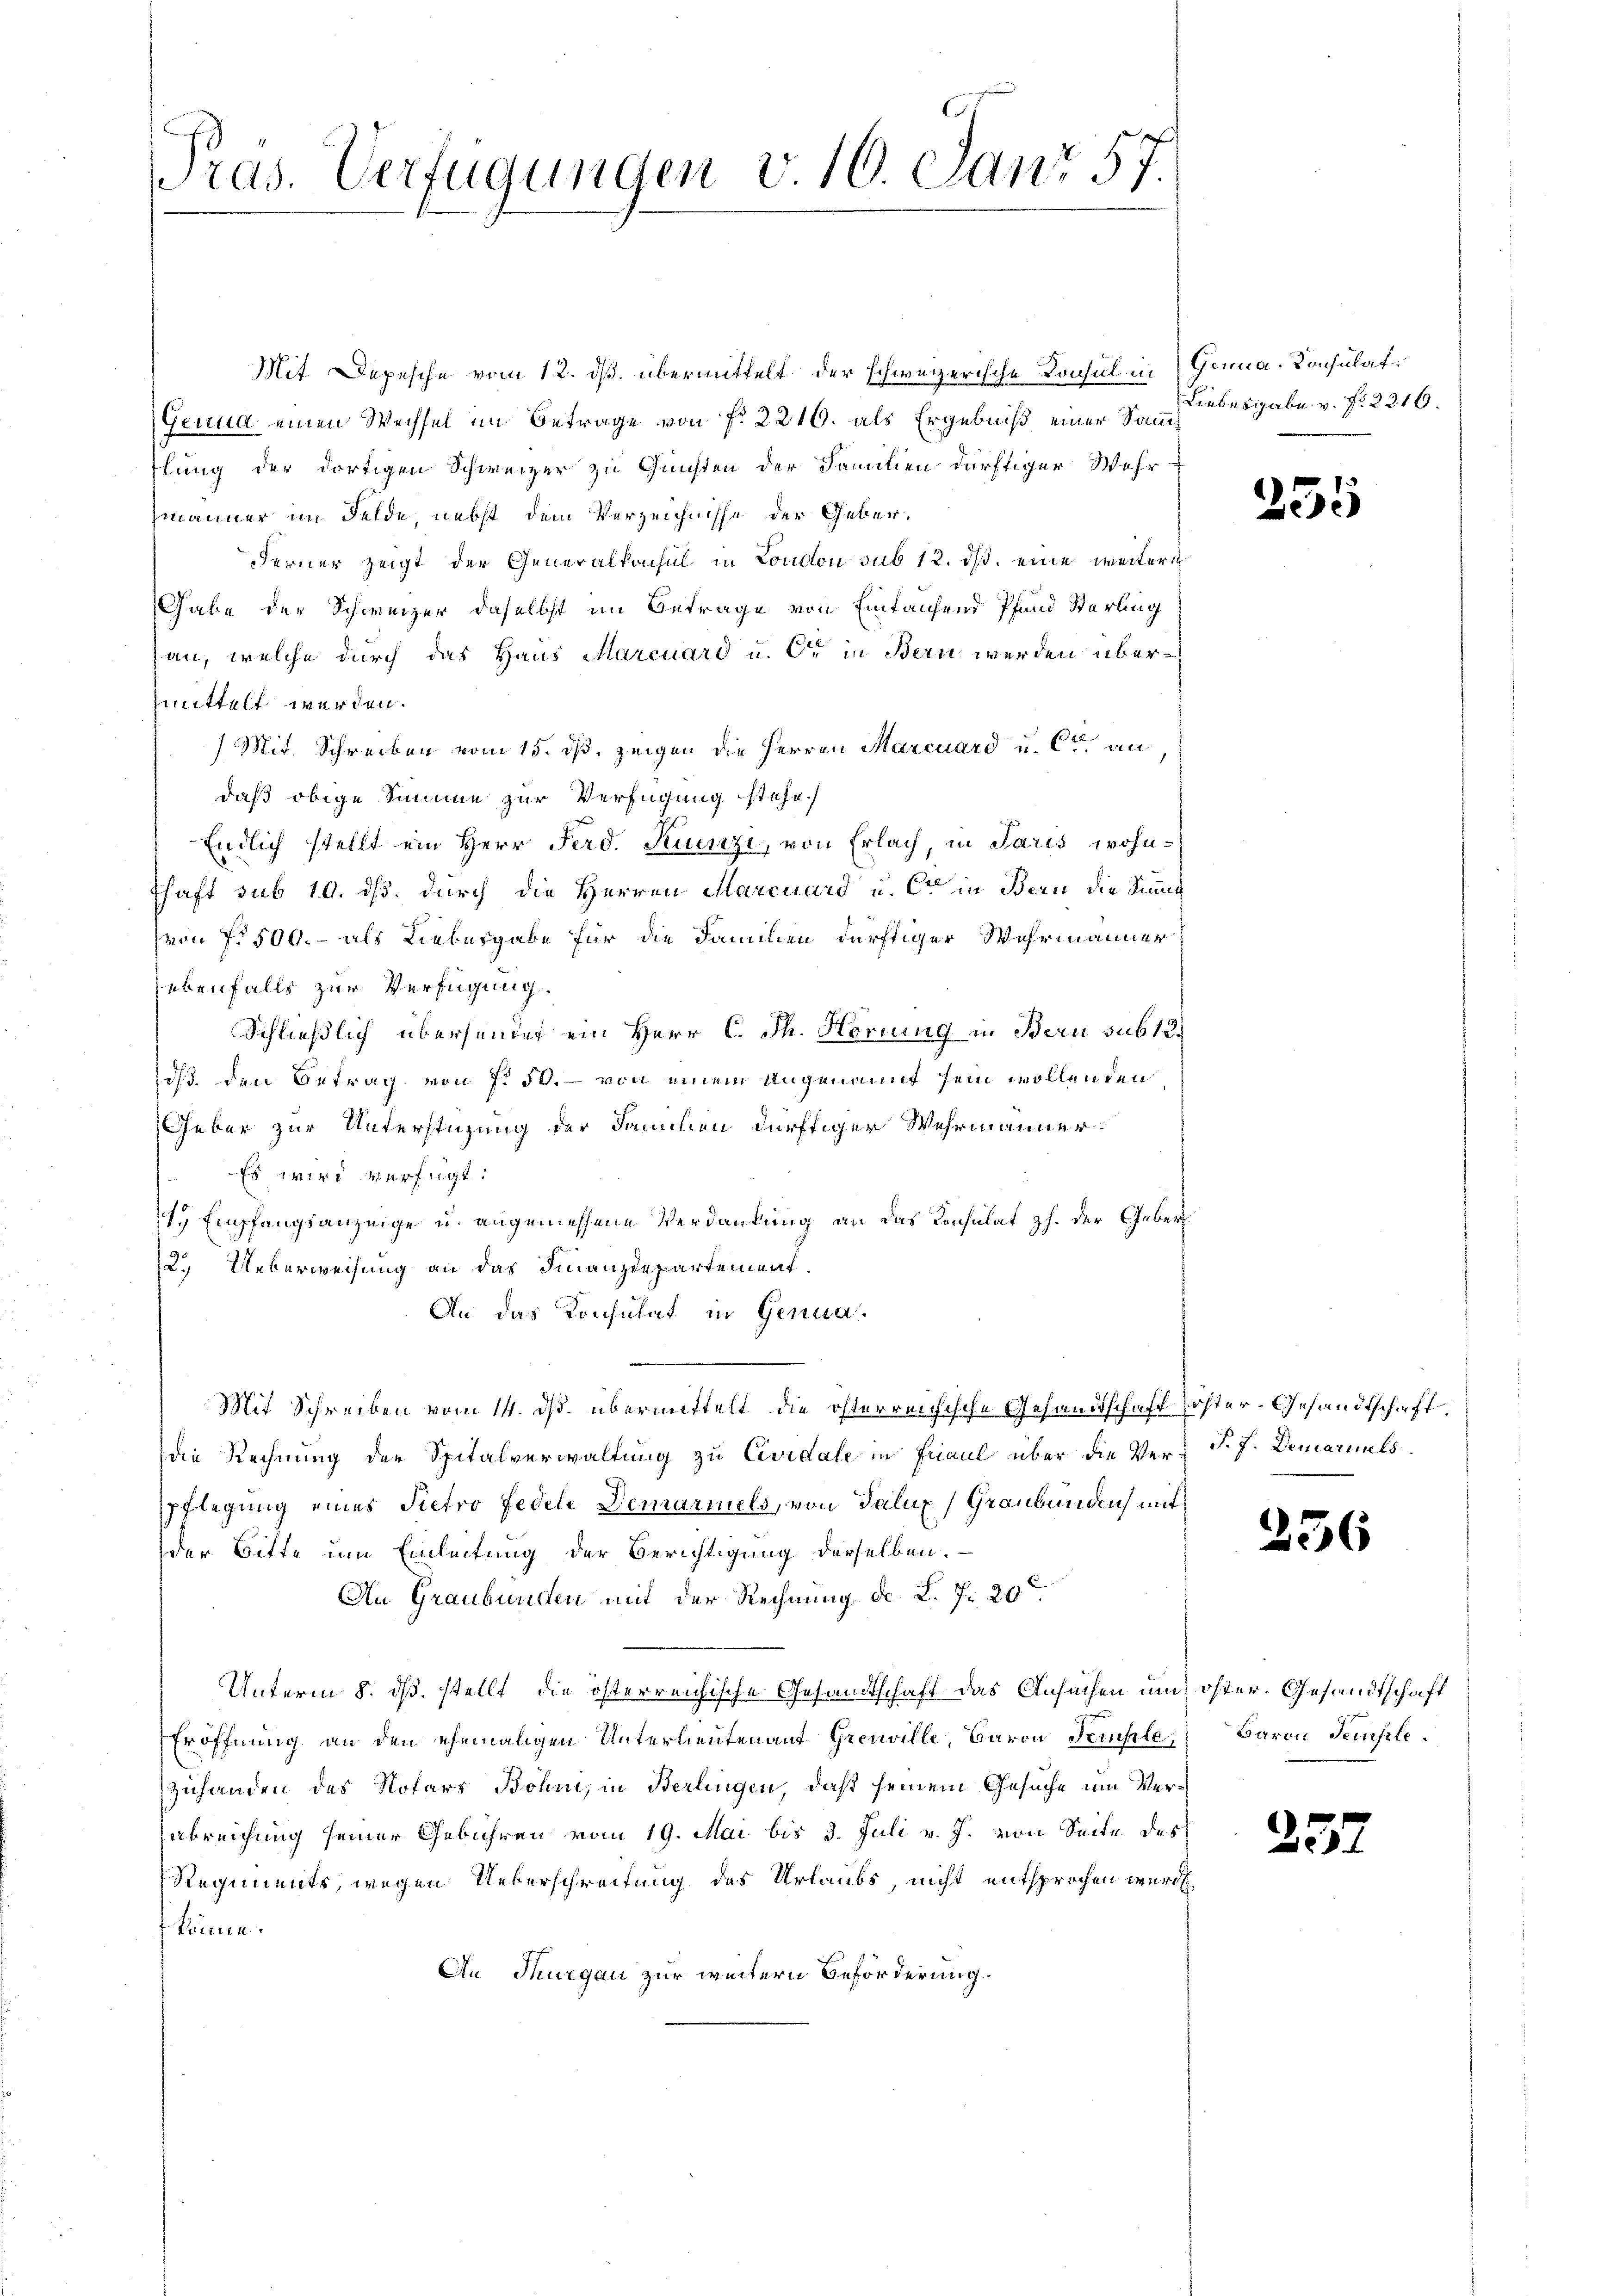
Pras. Verfügungen v. 10. Janr 57.

Mit Depesche vom 12. ds. übermittelt der schweizerische Konsul in Gena. Konsulate
Genua einen Wechsel im Betrage von f. 2216. als Ergebniß einer Samm
tlung der dortigen Schweizer zu Gunsten der Familien dürftiger Wehrmänner im Felde, nebst dem Verzeichnisse der Geber¬
Ferner zeigt der Generalkonsul in London sub 12. ds. eine weitere
Gabe der Schweizer daselbst im Betrage von Eintaufend Pfand Sterling
han, welche durch das Haus Marcuard u. Er in Bern werden übermmittelt werden.
Mit. Schreiben vom 15. ds. zeigen die Herren Marcuard u. Ct. an
daß obige Summe zur Verfügung stehe.
Endlich stellt ein Herr Ferd. Ruenzi, von Erlach, in Paris wohn¬
Schaft sub 19. ds. durch die Herren Marcuard u. Cor in Bern die Summe
von No 500.- als Liebesgabe für die Familien dürftiger Wehrmanner
ebenfalls zur Verfügung.
Schließlich überhander ein Herr C. Ph. Hornung in Bern sub 12.
ds. den Betrag von f. 50. – von einem angenannt sein wollenden
Geber zur Unterstüzung der Familien dürftiger Wehrmanner
Es wird verfügt:
y Empfangsanzeige u. angemessene Verdankung an das Konsulat z. der Geber¬
2.) Ueberweisung an das Finanzdepartement
An das Konsulat in Genua-
Mit Schreiben vom 14. ds. übermittelt die österreichische Gesandtschaft röster- Gesandtschaft.
die Rechnung der Spitalverwaltung zu Cividale in Friaul über die Ver- P. J. Demarinels
pflegung eines Pietro Fedele Demariels, von Palux Graubünden mit
der Bitte um Einleitung der Berichtigung derselben.
An Graubünden mit der Rechnung des L. 7. 20
Unterm 8. ds. stellt, die österreichische Gesandtschaft das Ansuchen und öster. Gesandtschaft
Eröffnung an den ehemaligen Unterlieutenant Greuville, Baron Temple, Baron Tempele¬
Zuhanden des Notars Bohn, in Berlingen, daß seinem Gesuche um Verabreichung seiner Gebühren vom 19. Mai bis 3. Juli v. J. von Seite des
Regiments, wegen Ueberschreitung des Urlaubs, nicht entsprochen würd
könne.
An Thurgau zur weitern Beförderung.

Liebesgabe v. fr. 2216.

255

256

25.